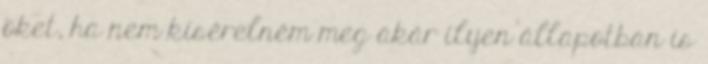
õket, ha nem kísérelném meg akár ilyen állapotban is